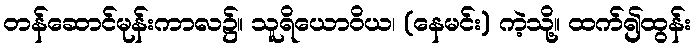
တန်ဆောင်မုန်းကာလ၌။ သူရိယောဝိယ၊ (နေမင်း) ကဲ့သို့။ ထက်၍ထွန်း